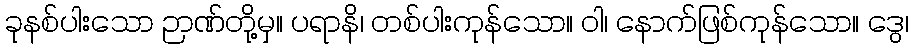
ခုနစ်ပါးသော ဉာဏ်တို့မှ။ ပရာနိ၊ တစ်ပါးကုန်သော။ ဝါ၊ နောက်ဖြစ်ကုန်သော။ ဒွေ၊